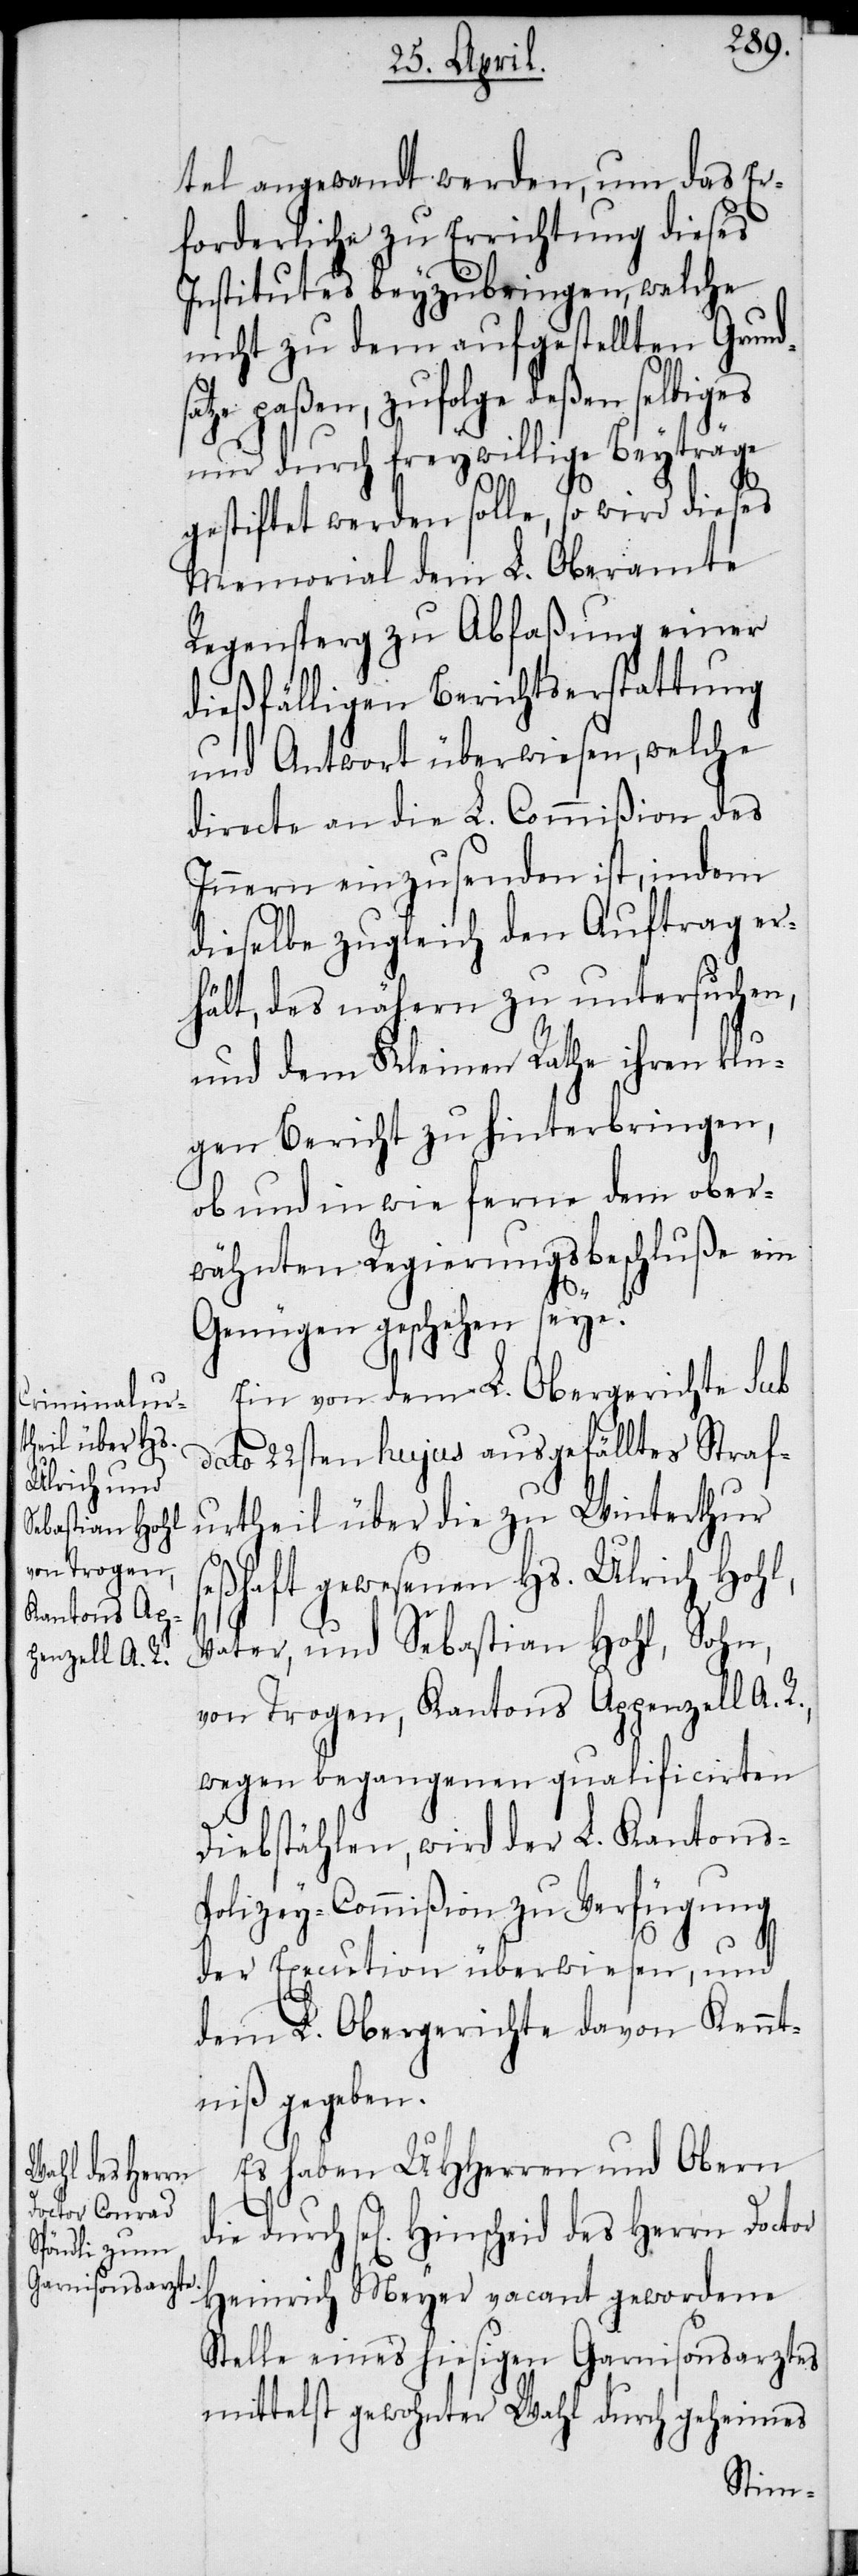
tel angewandt werden, um das Er¬
forderliche zu Errichtung dieses
Institutes beyzubringen, welche
nicht zu dem aufgestellten Grund¬
satze paßen, zufolge deßen selbiges
nur durch freywillige Beyträge
gestiftet werden solle, so wird dieses
Memorial dem L. Oberamte
Regensperg zu Abfaßung einer
dießfälligen Berichtserstattung
und Antwort überwiesen, welche
directe an die L. Commißion des
Innern einzusenden ist, indem
dieselbe zugleich den Auftrag er¬
hält, des nähern zu untersuchen,
und dem Kleinen Rathe ihren klu¬
gen Bericht zu hinterbringen,
ob und in wie ferne dem ober¬
wähnten Regierungsbeschluße ein
Genügen geschehen seye?
Ein von dem L. Obergerichte sub
dato 22sten hujus ausgefälltes Straf¬
urtheil über die zu Winterthur
seßhaft gewesenen Hs. Ulrich Hohl,
Vater, und Sebastian Hohl, Sohn,
von Trogen, Kantons Appenzell A.
wegen begangenen qualificirten
Diebstählen, wird der L. Kantons-P¬
olizey-Commißion zu Verfügung
der Execution überwiesen, und
dem L. Obergerichte davon Kennt¬
niß gegeben.
Es haben UHHerren und Obern
Heinrich Meyer vacant gewordene
Stelle eines hiesigen Garnisonsarztes
mittelst gewohnter Wahl durch geheimes